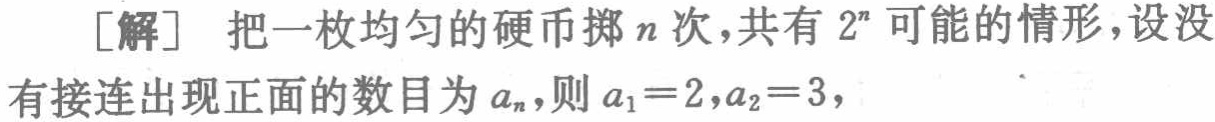
[解] 把一枚均匀的硬币掷\(n\)次，共有\(2^{n}\)可能的情形，设没有接连出现正面的数目为\(a_{n}\)，则\(a_{1}=2,a_{2}=3\)，